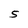
Character: S